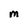
Character: M